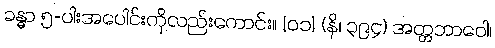
ခန္ဓာ ၅-ပါးအပေါင်းကိုလည်းကောင်း။ [၀၁] (နိ၊ ၃၉၄) အတ္တဘာဝေါ၊